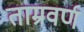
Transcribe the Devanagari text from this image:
ताम्रवर्ण